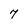
Character: 7